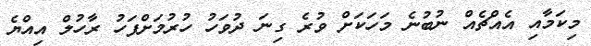
މިކަމާއި އެއްޗެއް ނުބުނެ މަހަަކަށް ވުރެ ގިނަ ދުވަހު ހުރުމަށްފަހު ރާހުލް އިއްޔެ